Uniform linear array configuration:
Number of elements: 4
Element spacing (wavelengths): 0.5
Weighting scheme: exponential
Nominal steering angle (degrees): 45
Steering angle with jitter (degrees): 45.436
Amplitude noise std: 0.05
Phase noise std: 0.05

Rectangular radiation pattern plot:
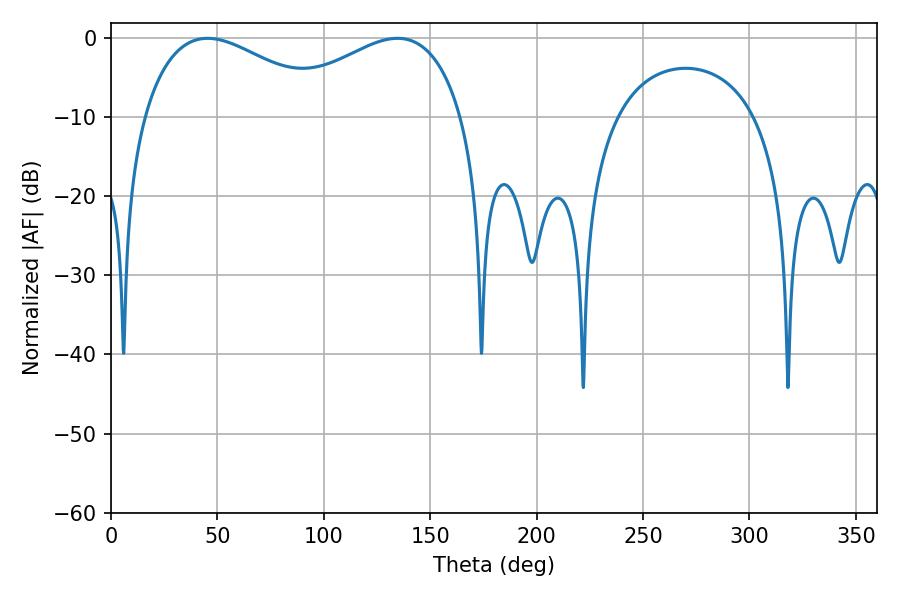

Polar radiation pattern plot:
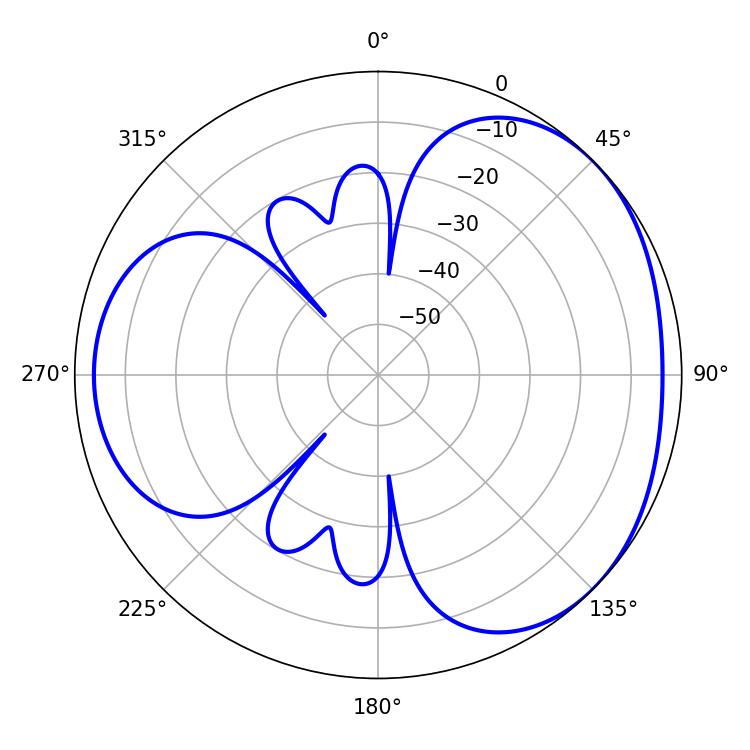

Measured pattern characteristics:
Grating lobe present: FALSE
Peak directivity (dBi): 3.284
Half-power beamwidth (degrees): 48.96
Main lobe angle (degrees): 45.36